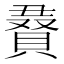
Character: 𮚔